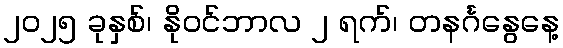
၂၀၂၅ ခုနှစ်၊ နိုဝင်ဘာလ ၂ ရက်၊ တနင်္ဂနွေနေ့